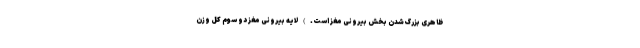
ظاهری بزرگ شدن بخش بیرونی مغز است.) لایه بیرونی مغز دو سوم کل وزن